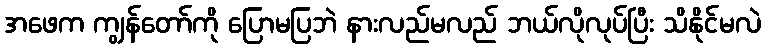
အဖေက ကျွန်တော်ကို ပြောမပြဘဲ နားလည်မလည် ဘယ်လိုလုပ်ပြီး သိနိုင်မလဲ